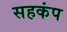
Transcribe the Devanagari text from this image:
सहकंप